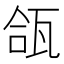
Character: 𬎪